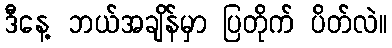
ဒီနေ့ ဘယ်အချိန်မှာ ပြတိုက် ပိတ်လဲ။